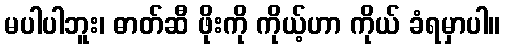
မပါပါဘူး၊ ဓာတ်ဆီ ဖိုးကို ကိုယ့်ဟာ ကိုယ် ခံရမှာပါ။